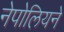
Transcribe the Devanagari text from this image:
नेपोलियने